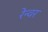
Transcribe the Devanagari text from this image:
रेन्वर